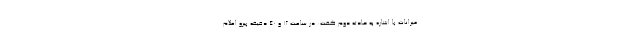
میرانات با اشاره به حادثه دوم گفت: در ساعت ۱۲ و ۴۰ دقیقه پیرو اعلام